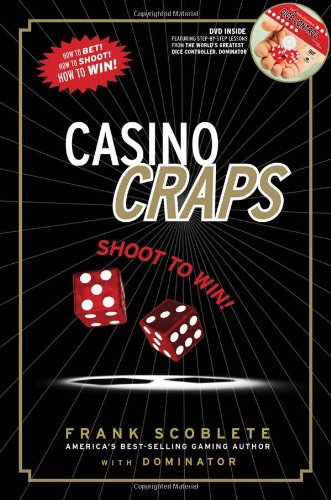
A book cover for Casino Craps: Shoot to Win!; Frank Scoblete; Humor & Entertainment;